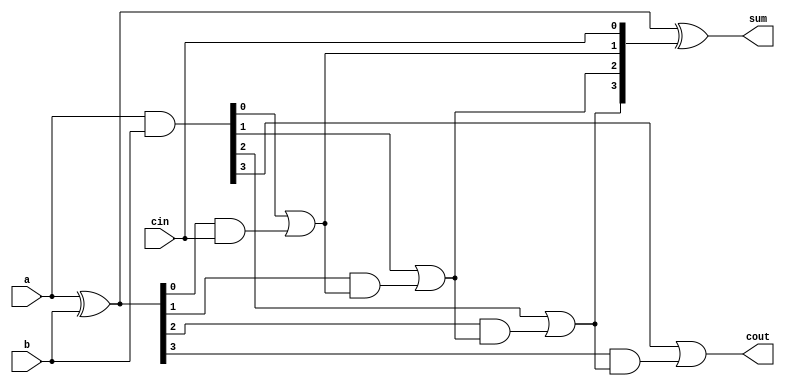
module PGCalc(
    input [3:0] a,
    input [3:0] b,
    input cin,
    output cout,
    output [3:0] sum
);

    wire [3:0] g;
    wire [3:0] p;
    wire [3:0] c;
    assign g = a & b;
    assign p = a ^ b;

    assign c[0] = cin;
    assign c[1] = (g[0] | (p[0] & cin));
    assign c[2] = (g[1] | (p[1] & (g[0] | (p[0] & cin))));
    assign c[3] = (g[2] | (p[2] & (g[1] | (p[1] & (g[0] | (p[0] & cin))))));
    assign cout = (g[3] | (p[3] & (g[2] | (p[2] & (g[1] | (p[1] & (g[0] | (p[0] & cin))))))));
    assign sum = a ^ b ^ c;
    // a ^ b may be replace by p
endmodule